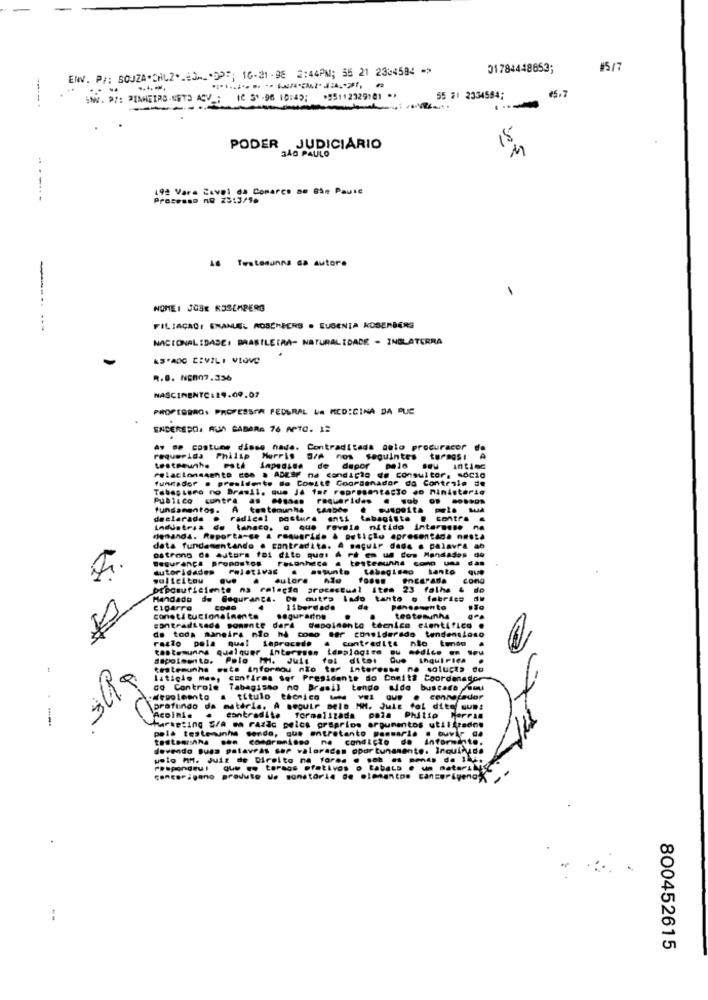
ENV. P :: SOUZA·CHLZ =_= 3MLD :; 16-21-98 2:44PM; 55 21 2324584 ->
01784448653;
#5/7
-. 4 .-
65.7
SMY. P ;: PINHEIRO.NETS ACV _; IC 5 *- 96 10:49; * 55112329181 **
55 #1 2334594;
.-
15
PODER JUDICIÁRIO
SAO PAULO
M
192 Vara Caval da Conarco am Bie Pause
------
Prosesso no 23:3/10
48 Testesunns da autore
NOME: JOSE ROSCAPERG
FILIAÇAO: EMANUEL MOSCHEERS . EUGENIA KOSENBERG
NACIONALIDADE: BRASILEIRA- NATURALIDADE - INGLATERRA
ASPADO CIVILI VIÚVO
R.O. NEM07.356
NASCIMENTO:19.09.07
PROPEBERG: PROPESSOA FEDERAL LA MEDICINA DA DUE
ENDEREÇO: RUA CADARA 76 APTO. 12
Av .. costume disse nada. Contraditada anlo procuracor
requerida Philip Morris S/A nos seguintes turmas:
nos seguintes turmas: A
testreunho path impressa de depor pelo seu intime
relacionamento 80 . ABEAF na condiplo de consultor, socio
presidente do Cobste Coordenador do Controlo de
Tabagismo no Brasil. que J4 1ar representacto do ministerio
Publico contra
requeridas . sob O. -*****
fundamentos. A testemunha
declarada
radical postura
tabagiste @ contre
Lndustria
de tahaco. @ que revela nitido interesse na
demanda. Reporta-se & requerido à petição apresentada nesta
data fundamentando . contradita.
BeGuir dada a palavra ab
astrono de autors foi dito quer A rt es us dos Mandadas do
Segurança pronostos
Fasonhece .
autoridades
Poletivas . assunto
tabagismo tanto
que
solicitou
autora
PEEPABA
como
btposuficiente na relação procactual Ites 23 falha
Mandado de Seguranca. Do outro lado tanto @ fabrics
liberdade
da
Pensamento
constitucionalmente
segurados
testemunha
contraditada somente dark depoimento técnico cientifico .
de toda maneira não hd como ser considerado tendencioso
razão pela qual
Leprocede
Contredite não tendo
tastesunns qualquer Interesss templogire
-----
dapoloento. Pelo MM. Juin
Que Inquiries
litigio mas, confirma ser Presidente do Comitt Coordenador
do Controle Tabagismo no Brasil tendo sido buscara Su
a título técnico
connefedor
prafundo da matéria. A seguir selo MM. Juiz foi dito que:
t dieo un:
Acoins.
Marketing Sra em razão pelos preprios argumentos utilizados
contradite formeiszada
cola Philip Morris
-
pela teste sanha sende, que entretanto panmarie . ouvir da
compromisso ne condicio de informinte.
devendo Suas palavras ser valoradas oportunamente. Inquinade
uoto MM. Juiz de Direito na forma
que .. teraas efetivos
sofativos o
tabaLa
coneorigano produto de sanatoria de .lmentos
cancerigenog
800452615